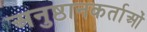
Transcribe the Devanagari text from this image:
अनुष्ठानकर्ताओं